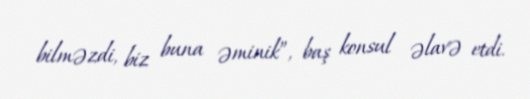
bilməzdi, biz buna əminik”, baş konsul əlavə etdi.